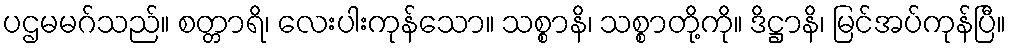
ပဌမမဂ်သည်။ စတ္တာရိ၊ လေးပါးကုန်သော။ သစ္စာနိ၊ သစ္စာတို့ကို။ ဒိဋ္ဌာနိ၊ မြင်အပ်ကုန်ပြီ။